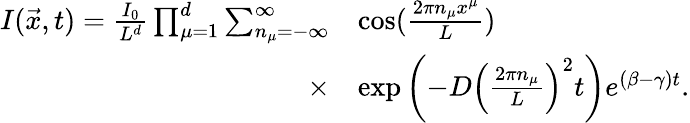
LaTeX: \begin{array}{rl}{I(\vec{x},t)=\frac{I_{0}}{L^{d}}\prod_{\mu=1}^{d}\sum_{n_{\mu}=-\infty}^{\infty}}&{\cos(\frac{2\pi n_{\mu}x^{\mu}}{L})}\\ {\times}&{\exp\left(-D\left(\frac{2\pi n_{\mu}}{L}\right)^{2}t\right)e^{(\beta-\gamma)t}.}\end{array}